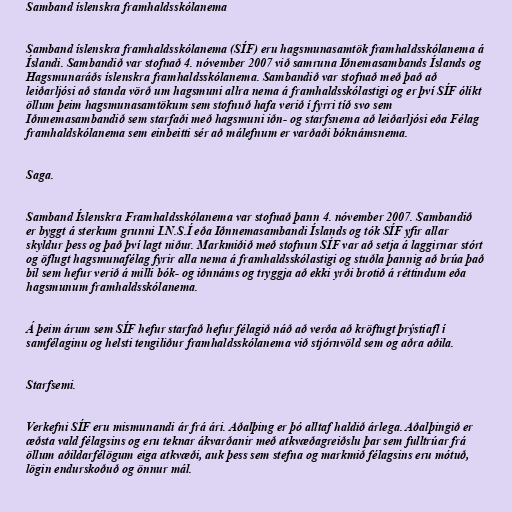
Samband íslenskra framhaldsskólanema

Samband íslenskra framhaldsskólanema (SÍF) eru hagsmunasamtök framhaldsskólanema á
Íslandi. Sambandið var stofnað 4. nóvember 2007 við samruna Iðnemasambands Íslands og
Hagsmunaráðs íslenskra framhaldsskólanema. Sambandið var stofnað með það að
leiðarljósi að standa vörð um hagsmuni allra nema á framhaldsskólastigi og er því SÍF ólíkt
öllum þeim hagsmunasamtökum sem stofnuð hafa verið í fyrri tíð svo sem
Iðnnemasambandið sem starfaði með hagsmuni iðn- og starfsnema að leiðarljósi eða Félag
framhaldskólanema sem einbeitti sér að málefnum er varðaði bóknámsnema.

Saga.

Samband Íslenskra Framhaldsskólanema var stofnað þann 4. nóvember 2007. Sambandið
er byggt á sterkum grunni I.N.S.Í eða Iðnnemasambandi Íslands og tók SÍF yfir allar
skyldur þess og það því lagt niður. Markmiðið með stofnun SÍF var að setja á laggirnar stórt
og öflugt hagsmunafélag fyrir alla nema á framhaldsskólastigi og stuðla þannig að brúa það
bil sem hefur verið á milli bók- og iðnnáms og tryggja að ekki yrði brotið á réttindum eða
hagsmunum framhaldsskólanema.

Á þeim árum sem SÍF hefur starfað hefur félagið náð að verða að kröftugt þrýstiafl í
samfélaginu og helsti tengiliður framhaldsskólanema við stjórnvöld sem og aðra aðila.

Starfsemi.

Verkefni SÍF eru mismunandi ár frá ári. Aðalþing er þó alltaf haldið árlega. Aðalþingið er
æðsta vald félagsins og eru teknar ákvarðanir með atkvæðagreiðslu þar sem fulltrúar frá
öllum aðildarfélögum eiga atkvæði, auk þess sem stefna og markmið félagsins eru mótuð,
lögin endurskoðuð og önnur mál.